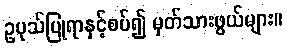
ဥပုသ်ပြုရာနှင့်စပ်၍ မှတ်သားဖွယ်များ။